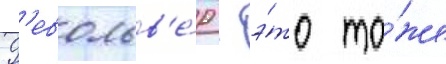
Р'евольв'е́р - э́то то́же